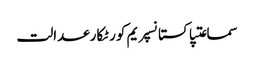
سماعتپاکستانسپریم کورٹکارعدالت